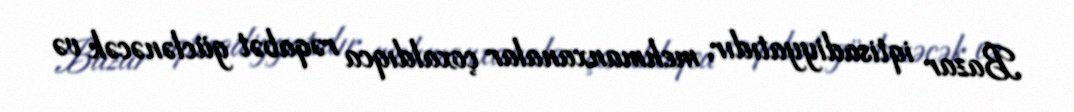
Bazar iqtisadiyyatıdır, mehmanxanalar çoxaldıqca rəqabət güclənəcək və